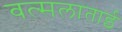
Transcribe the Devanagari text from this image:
वत्सलाताई